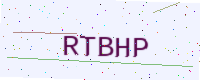
Text: RTBHP